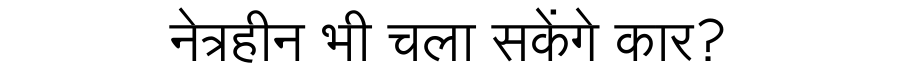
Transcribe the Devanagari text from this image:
नेत्रहीन भी चला सकेंगे कार?